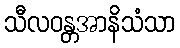
သီလဝန္တအာနိသံသာ